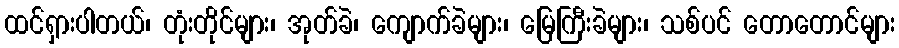
ထင်ရှားပါတယ်၊ တုံးတိုင်များ၊ အုတ်ခဲ၊ ကျောက်ခဲများ၊ မြေကြီးခဲများ၊ သစ်ပင် တောတောင်များ